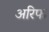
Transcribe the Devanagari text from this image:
अरिफ